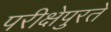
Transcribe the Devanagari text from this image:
परीक्षेपुरते